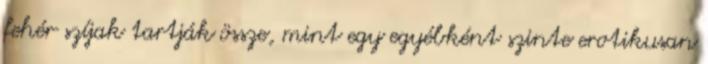
fehér szíjak tartják össze, mint egy egyébként szinte erotikusan